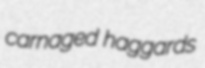
carnaged haggards